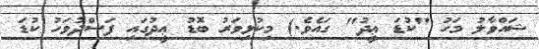
ޝައްވާލު މަހު "ކުޑަ ޢީދު" ގައެވެ.) މިކުޅިވަރު ބޮޑު ޢީދުގައި ފަސްދުވަހު ކުޑަ